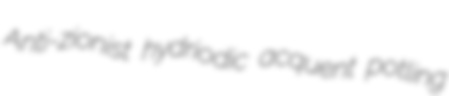
Anti-zionist hydriodic acquent potling